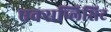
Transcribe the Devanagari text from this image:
एक्सप्लिसिट